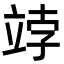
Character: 𥩾